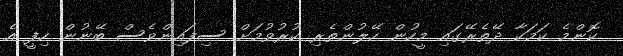
ކޮންމެ ކަމަކާ ދޭތެރޭގައި މީހުން ހޭލުންތެރި ކުރުވުމަށް ސިފައިންވެސް ބޭނުން ހިފީ އެ